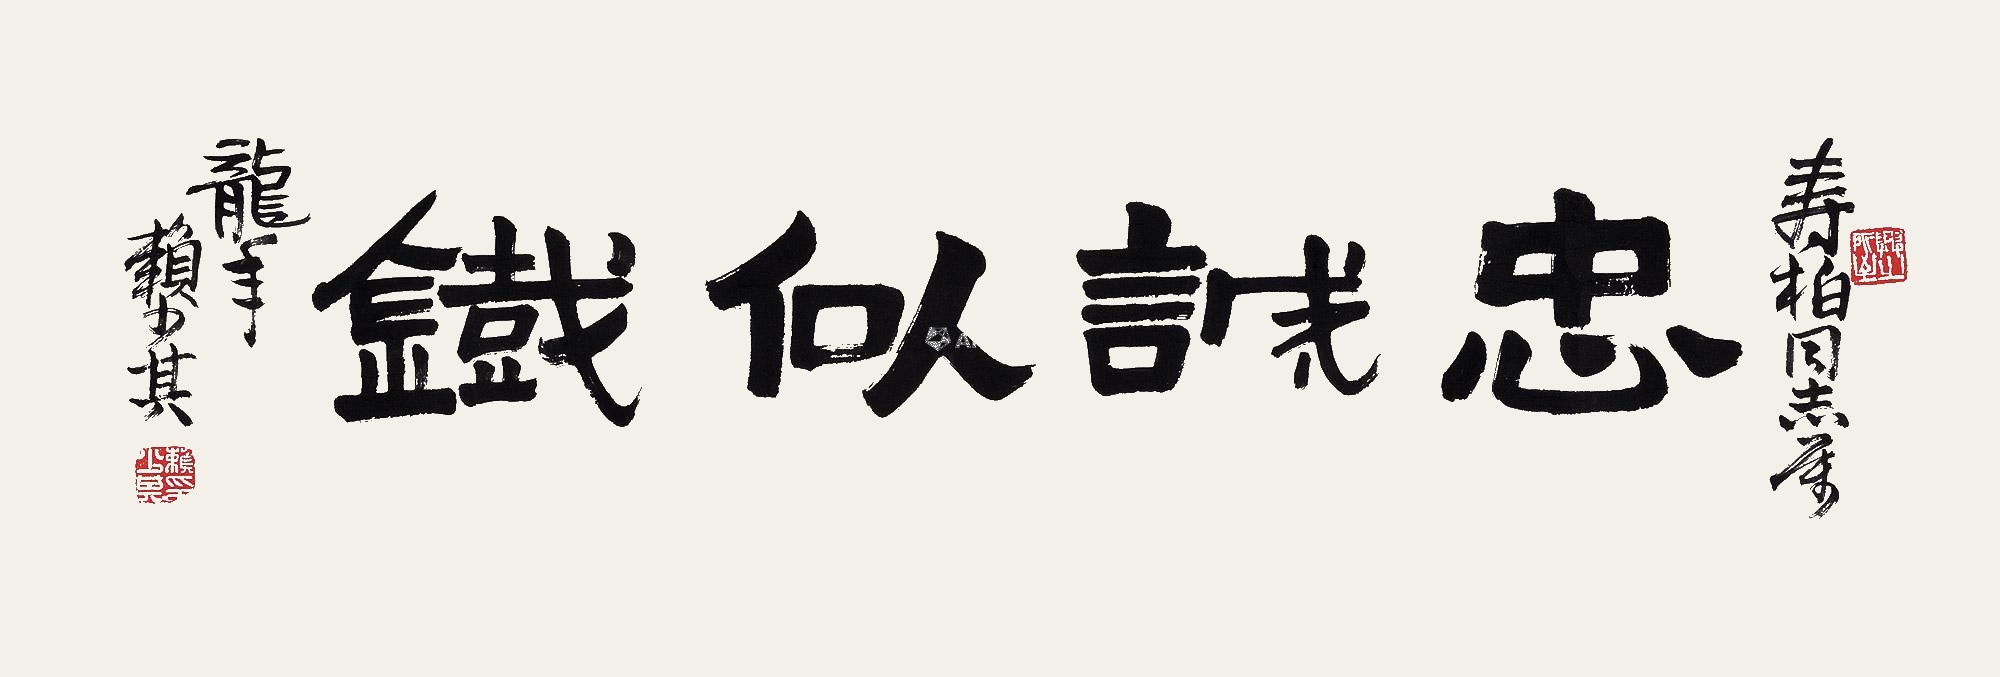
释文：忠诚似铁寿柏同志属，龙年赖少其。